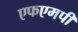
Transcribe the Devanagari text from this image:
एफएमपी